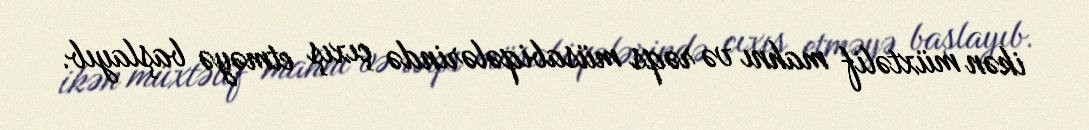
ikən müxtəlif mahnı və rəqs müsabiqələrində çıxış etməyə başlayıb.